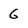
Character: 6